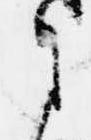
さ